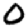
Digit: 0